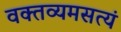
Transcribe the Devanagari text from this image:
वक्तव्यमसत्यं